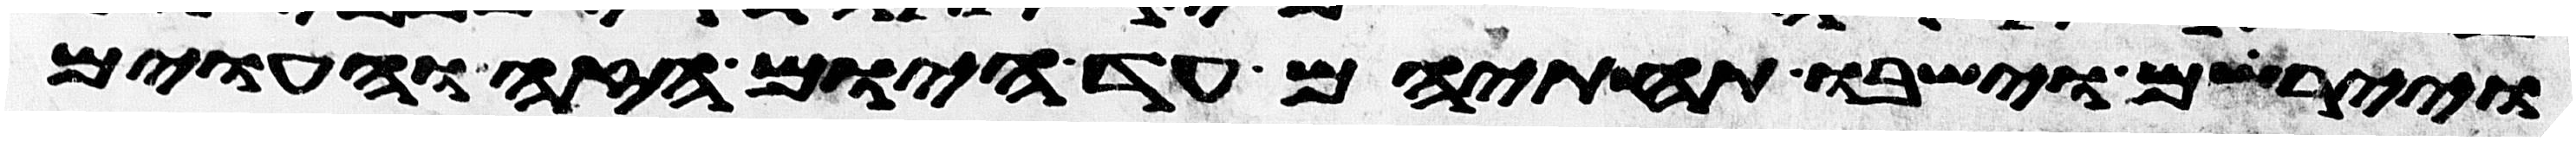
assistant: ויירשום וישבו תחתיהם עד היום הזה והעוים